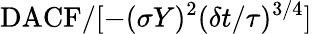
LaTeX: \mathrm{DACF}/[-(\sigma Y)^{2}(\delta t/\tau)^{3/4}]